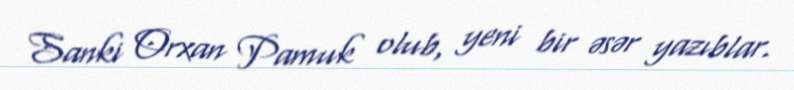
Sanki Orxan Pamuk olub, yeni bir əsər yazıblar.